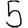
Digit: 5